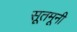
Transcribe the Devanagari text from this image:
सूतमूनी